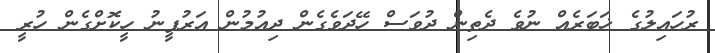
ރުހައިލުގެ ޚަބަރެއް ނުވެ ދެތިން ދުވަސް ހޭދަވެގެން ދިއުމުން އަރުފީނު ހީކޮށްގެން ހުރީ